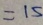
= 1 5